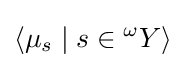
\langle \mu _{s}\mid s\in {}^{\omega }Y\rangle